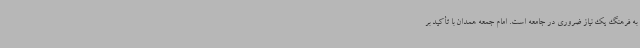
به فرهنگ یک نیاز ضروری در جامعه است. امام جمعه همدان با تأکید بر